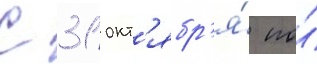
С 31 окт'ябр'я́ по́